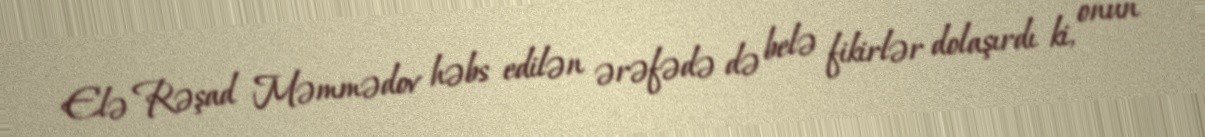
Elə Rəşad Məmmədov həbs edilən ərəfədə də belə fikirlər dolaşırdı ki, onun